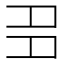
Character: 𡖈